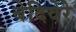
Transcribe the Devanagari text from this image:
बेदिवेरे